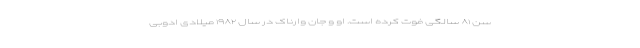
سن ۸۱ سالگی فوت کرده است. او و جان وارناک در سال ۱۹۸۲ میلادی ادوبی